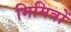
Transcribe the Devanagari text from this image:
मिमित्रों